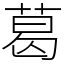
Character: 葛